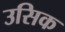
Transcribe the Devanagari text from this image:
उसिक